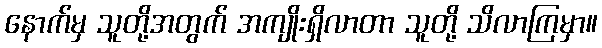
နောက်မှ သူတို့အတွက် အကျိုးရှိလာတာ သူတို့ သိလာကြမှာ။